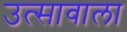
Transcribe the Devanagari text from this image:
उत्सावाला